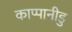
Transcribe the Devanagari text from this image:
काप्पानीडु